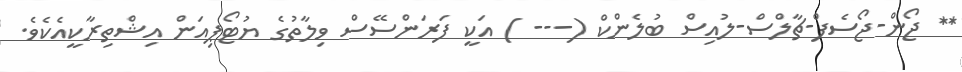
** ޖޯން-ޖޯސެފް-ޗާލްސް-ލުއިސް ބުލެންކް (--- ) އަކީ ފަރަންސޭސް ވިލާތުގެ ޔުޓޯޕިއަން އިޝްތިރާކީއެކެވެ.